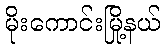
မိုးကောင်းမြို့နယ်